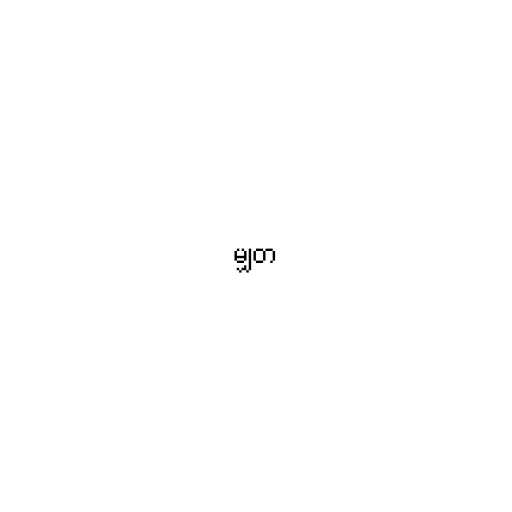
မျှတ